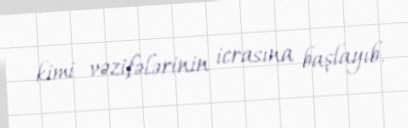
kimi vəzifələrinin icrasına başlayıb.